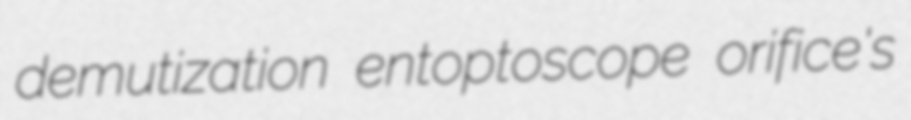
demutization entoptoscope orifice's